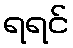
ရရင်